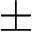
\pm